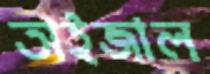
তাইজাল